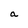
Character: a